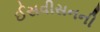
ઈસવીસનની